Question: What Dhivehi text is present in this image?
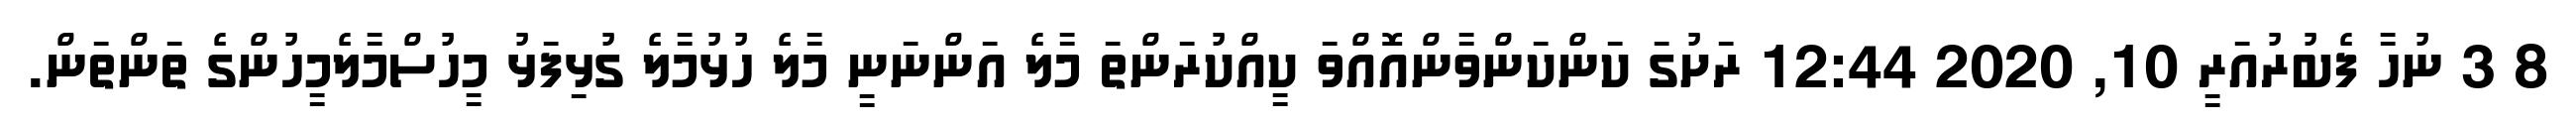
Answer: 8 3 ނުހާ ފެބުރުއަރީ 10, 2020 12:44 ރަށުގަ ކަންކަންވާންއޮއްވަ ކީއްކުރަންތަ މާލެ އަންނަނީ މާލެ ހުޅުމާލެ ގުޅިފަޅު މީހުސްމާލެމީހުންގެ ތަންތަން.